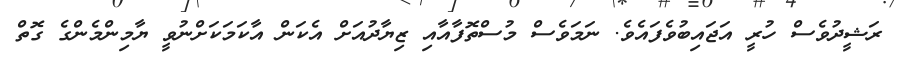
ރަޝީދުވެސް ހުރީ އަޖައިބުވެފައެވެ. ނަމަވެސް މުސްތޮފާއާއި ޒިޔާދުއަށް އެކަން އާކަމަކަށްނުވީ ޔާމިންމެންގެ ގޮތް